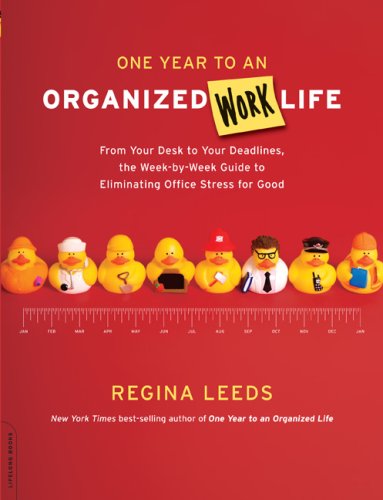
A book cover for One Year to an Organized Work Life; Regina Leeds; Business & Money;